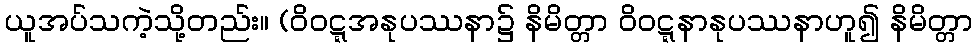
ယူအပ်သကဲ့သို့တည်း။ (ဝိဝဋ္ဋအနုပဿနာ၌ နိမိတ္တာ ဝိဝဋ္ဋနာနုပဿနာဟူ၍ နိမိတ္တာ